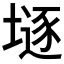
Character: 𡐌